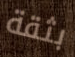
بثقة